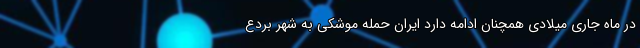
در ماه جاری میلادی همچنان ادامه دارد ایران حمله موشکی به شهر بردَع